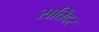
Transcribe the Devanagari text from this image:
सतिंदर